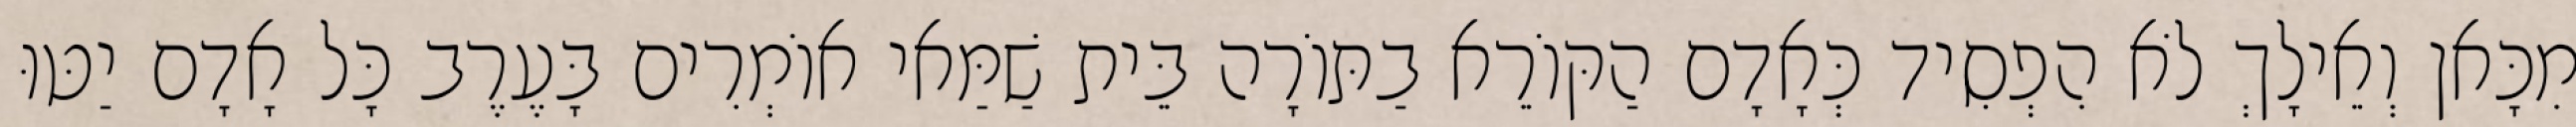
מִכָּאן וְאֵילָךְ לֹא הִפְסִיד כְּאָדָם הַקּוֹרֵא בַתּוֹרָה בֵּית שַׁמַּאי אוֹמְרִים בָּעֶרֶב כָּל אָדָם יַטּוּ